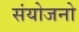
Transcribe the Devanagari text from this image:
संयोजनो